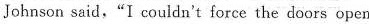
Johnson said."I couldn't force the doors open